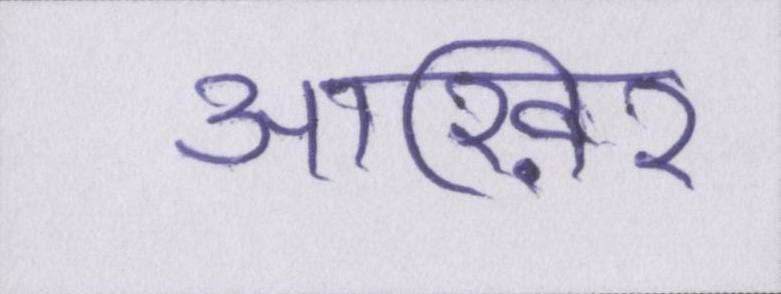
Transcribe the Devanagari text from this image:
आख़िर